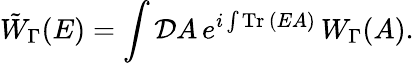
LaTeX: \tilde{W}_{\Gamma}(E)=\int{\mathcal D}A\, e^{i\int\mathrm{Tr}\, (EA)}\, W_{\Gamma}(A).